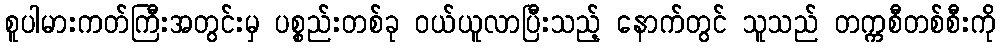
စူပါမားကတ်ကြီးအတွင်းမှ ပစ္စည်းတစ်ခု ဝယ်ယူလာပြီးသည့် နောက်တွင် သူသည် တက္ကစီတစ်စီးကို